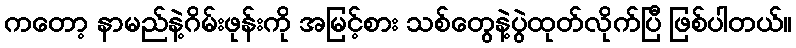
ကတော့ နာမည်နဲ့ဂိမ်းဖုန်းကို အမြင့်စား သစ်တွေနဲ့ပွဲထုတ်လိုက်ပြီ ဖြစ်ပါတယ်။